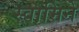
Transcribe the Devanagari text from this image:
स्वामिने